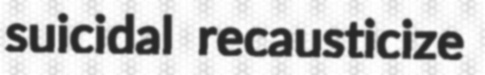
suicidal recausticize